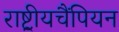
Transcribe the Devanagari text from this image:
राष्ट्रीयचैंपियन